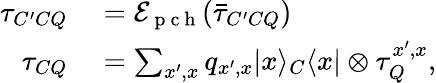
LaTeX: \begin{array}{rl}{\tau_{C^{\prime}CQ}}&{{}=\mathcal{E}_{\mathrm{~p~c~h~}}(\bar{\tau}_{C^{\prime}CQ})}\\ {\tau_{CQ}}&{{}=\sum_{x^{\prime},x}q_{x^{\prime},x}|x\rangle_{C}\langle x|\otimes\tau_{Q}^{x^{\prime},x},}\end{array}